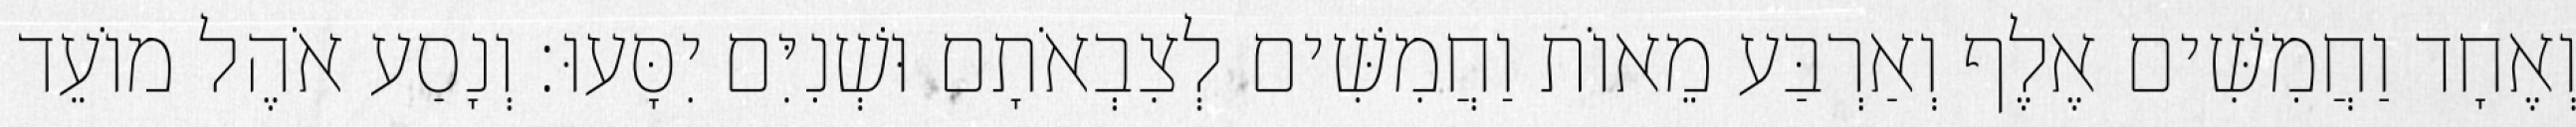
וְאֶחָד וַחֲמִשִּׁים אֶלֶף וְאַרְבַּע מֵאוֹת וַחֲמִשִּׁים לְצִבְאֹתָם וּשְׁנִיִּם יִסָּעוּ׃ וְנָסַע אֹהֶל מוֹעֵד